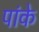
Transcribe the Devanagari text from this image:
पांके